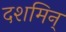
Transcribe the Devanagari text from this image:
दशमिन्‌